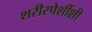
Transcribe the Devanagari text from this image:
शरीरपेशींशी